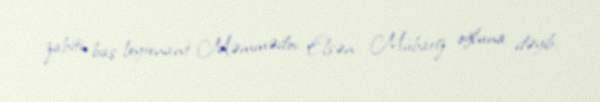
zabiti, baş leytenant Məmmədov Elşən Mübariz oğluna dəyib.